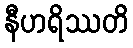
နီဟရိဿတိ